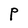
Character: P